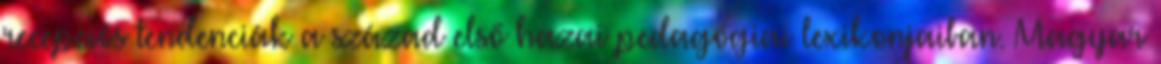
recepciós tendenciák a század első hazai pedagógiai lexikonjaiban. Magyar